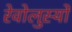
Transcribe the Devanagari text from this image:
रेवोलुस्योँ